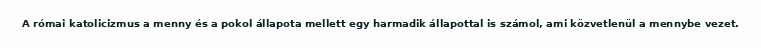
A római katolicizmus a menny és a pokol állapota mellett egy harmadik állapottal is számol, ami közvetlenül a mennybe vezet.